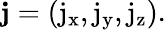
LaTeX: \mathbf{j}=(\mathrm{j_{x}},\mathrm{j_{y}},\mathrm{j_{z}}).